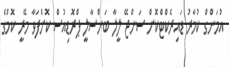
އުމަންގް ކުމާރު ޑައިރެކްޓްކޮށް ސަންޖޭ ލީލާ ބަންސާލީ ޕްރޮޑިއުސް ކޮށްފަވާ މޭރީ ކޮމްގެ